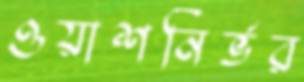
ওয়াশনির্ভর